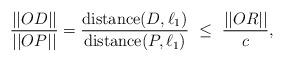
LaTeX: \begin{align*}\frac{||OD||}{||OP||} = \frac{\textup{distance}(D,\ell_1)}{\textup{distance}(P,\ell_1)} \ \leq \ \frac{||OR||}{c} ,\end{align*}